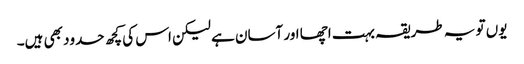
یوں تو یہ طریقہ بہت اچھا اور آسان ہے لیکن اس کی کچھ حدود بھی ہیں۔